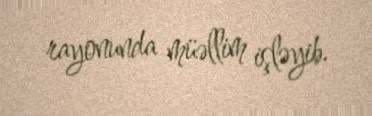
rayonunda müəllim işləyib.